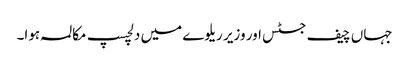
جہاں چیف جسٹس اور وزیر ریلوے میں دلچسپ مکالمہ ہوا۔